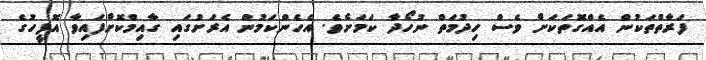
ފަރާތްތަކުން އެއްގޮތަކަށް ވެސް ހިދުމަތް ނުހޯދާ ކަމަށެވެ. އެހެންކަމުން އެރަށުގައި ގާއިމްކޮށްފައިވާ އޮފީހުގެ